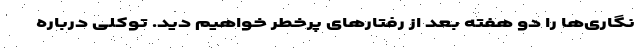
نگاری‌ها را دو هفته بعد از رفتارهای پرخطر خواهیم دید. توکلی درباره